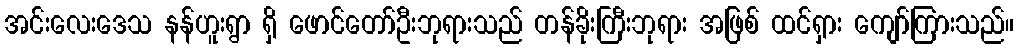
အင်းလေးဒေသ နန်ဟူးရွာ ရှိ ဖောင်တော်ဦးဘုရားသည် တန်ခိုးကြီးဘုရား အဖြစ် ထင်ရှား ကျော်ကြားသည်။